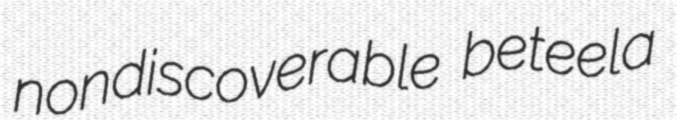
nondiscoverable beteela